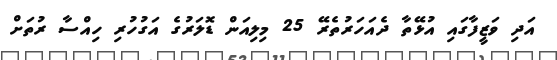
އަދި ވަޒީފާގައި އުޅޭތާ ދެއަހަރުތެރޭ 25 މިލިއަން ޑޮލަރުގެ އަގުހުރި ހިއްސާ ރުތަށް